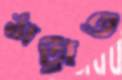
ঠাট্টাও